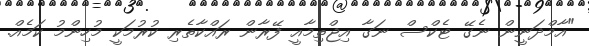
"އާމްދަނީން ނެގޭ ޓެކްސް ނަގާ އިޖްތިމާއީ ފޭރާން ރައްކާތެރި ކުރުމަކީ މުހިންމު ކަމެއް.